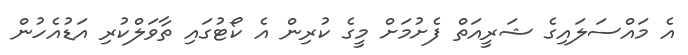
އެ މައްސަލައިގެ ޝަރީއަތް ފެށުމަށް މީގެ ކުރިން އެ ކޯޓުގައި ތާވަލްކުރި އަޑުއެހުން